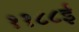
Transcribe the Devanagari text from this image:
११८८ई